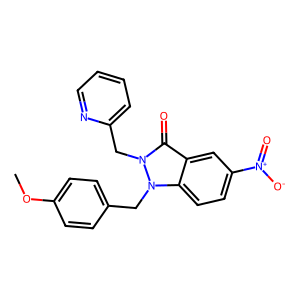
SMILES: COc1ccc(Cn2c3ccc([N+](=O)[O-])cc3c(=O)n2Cc2ccccn2)cc1
Inhibits HIV replication: No